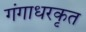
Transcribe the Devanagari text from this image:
गंगाधरकृत